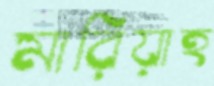
মারিয়াহ